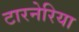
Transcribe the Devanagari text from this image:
टारनेरिया